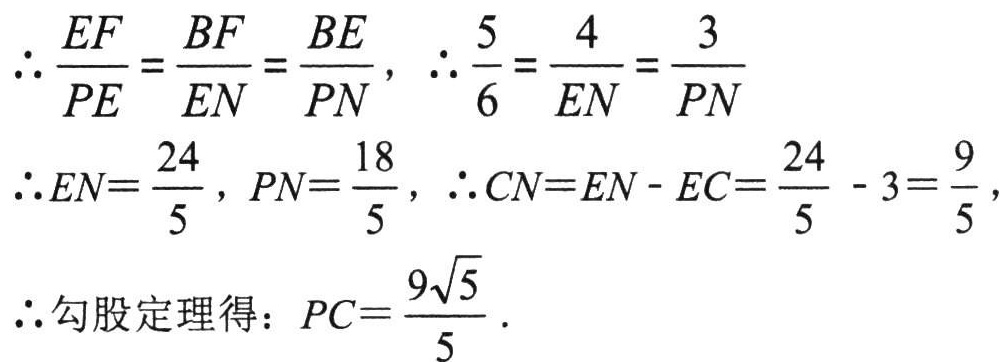
\(\therefore\frac{EF}{PE}=\frac{BF}{EN}=\frac{BE}{PN}\)，\(\therefore\frac{5}{6}=\frac{4}{EN}=\frac{3}{PN}\)
\(\therefore EN = \frac{24}{5}\)，\(PN=\frac{18}{5}\)，\(\therefore CN = EN - EC=\frac{24}{5}-3=\frac{9}{5}\)，
\(\therefore\)勾股定理得：\(PC=\frac{9\sqrt{5}}{5}\)．